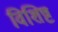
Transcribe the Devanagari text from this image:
विशिष्ट